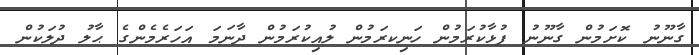
ގާނޫނު ކޮށަމުން ގާނޫނު ފުޅާކުރަމުން ހަނިކރަމުން ލުއިކުރަމުން ދާނަމަ އަހަރެމެންގެ ޙާލު ދުލަކުން